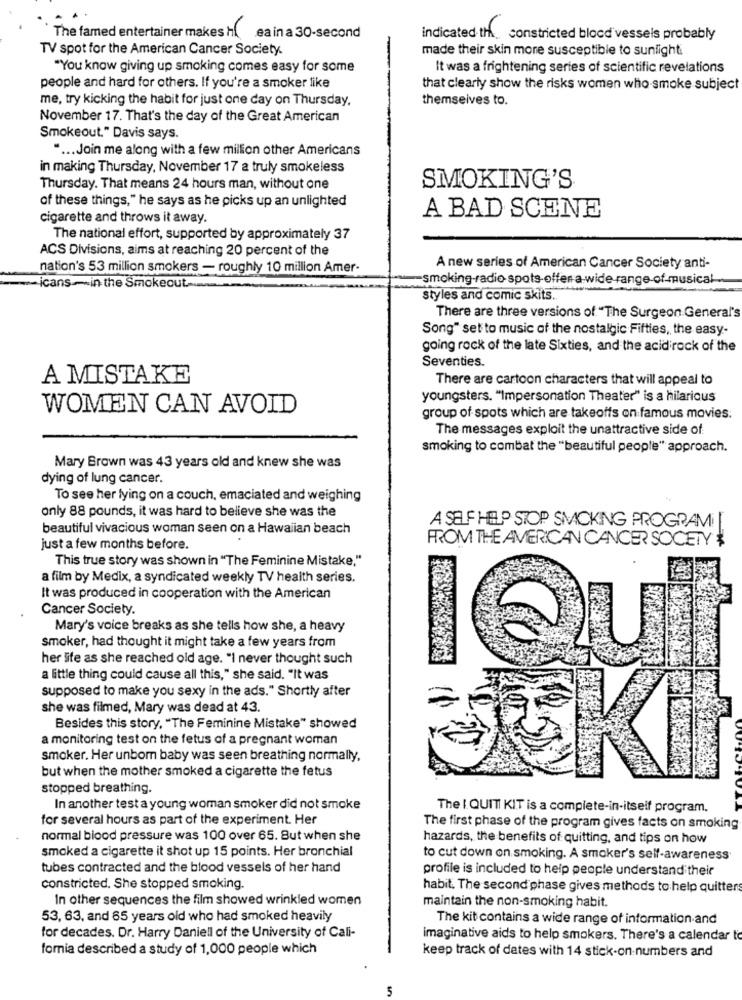
The famed entertainer makes H
ea in a 30-second
indicated th constricted blood vessels probably
TV spot for the American Cancer Society.
made their skin more susceptible to sunlighti
"You know giving up smoking comes easy for some
It was a frightening series of scientific revelations
people and hard for others. If you're a smoker like
that clearly show the risks women who smoke subject
me, try kicking the habit for just one day on Thursday,
themselves to.
November 17. That's the day of the Great American
Smokeout." Davis says.
.... Join me along with a few million other Americans
in making Thursday, November 17 a truly smokeless
Thursday. That means 24 hours man, without one
SMOKING'S
of these things," he says as he picks up an unlighted
cigarette and throws it away.
A BAD SCENE
The national effort, supported by approximately 37
ACS Divisions, aims at reaching 20 percent of the
nation's 53 million smokers - roughly 10 million Amer-
A new series of American Cancer Society anti-
smoking-radio spots-offen a wide range of -musical.
-icans-in the Smokecut ..
styles and comic skits.
There are three versions of "The Surgeon General's
Song" set to music of the nostalgic Fifties, the easy-
going rock of the late Sixties, and the acid rock of the
Seventies.
A MISTAKE
There are cartoon characters that will appeal to
youngsters. "Impersonation Theater" is a hilarious
WOMEN CAN AVOID
group of spots which are takeoffs on famous movies:
The messages exploit the unattractive side of
smoking to combat the "beautiful people" approach.
Mary Brown was 43 years old and knew she was
dying of lung cancer.
To see her lying on a couch, emaciated and weighing
only 88 pounds, it was hard to believe she was the
beautiful vivacious woman seen on a Hawaiian beach
A SELF HELP STOP SMOKING PROGRAM! [
FROM THE AMERICAN CANCER SOCIETY
just a few months before.
This true story was shown in "The Feminine Mistake,"
a film by Medix, a syndicated weekly TV health series.
It was produced in cooperation with the American
Cancer Society.
Mary's voice breaks as she tells how she, a heavy
smoker, had thought it might take a few years from
her site as she reached old age. "I never thought such
a little thing could cause all this," she said. "It was
supposed to make you sexy in the ads." Shortly after
she was filmed, Mary was dead at 43.
Besides this story, "The Feminine Mistake" showed
a monitoring test on the fetus of a pregnant woman
smoker. Her unbom baby was seen breathing normally,
but when the mother smoked a cigarette the fetus
K
stopped breathing.
In another test a young woman smoker did not smoke
The I QUIT KIT is a complete-in-itself program.
for several hours as part of the experiment. Her
The first phase of the program gives facts on smoking
normal blood pressure was 100 over 65. But when she
hazards, the benefits of quitting, and tips on how
smoked a cigarette it shot up 15 points. Her bronchial
to cut down on smoking. A smoker's self-awareness
tubes contracted and the blood vessels of her hand
profile is included to help people understand their
constricted. She stopped smoking.
habit. The second phase gives methods to help quitters
In other sequences the film showed wrinkled women
maintain the non-smoking habit.
53, 63, and 65 years old who had smoked heavily
The kit contains a wide range of information and
for decades. Dr. Harry Daniell of the University of Cali-
imaginative aids to help smokers. There's a calendar to
fornia described a study of 1,000 people which
keep track of dates with 14 stick-on numbers and